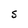
Character: S